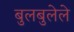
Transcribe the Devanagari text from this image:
बुलबुलेले